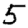
Digit: 5